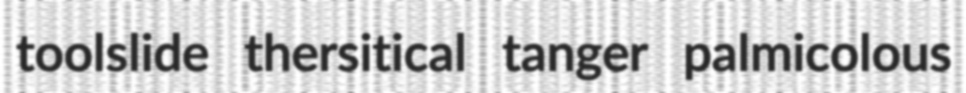
toolslide thersitical tanger palmicolous